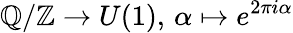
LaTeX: \mathbb{Q}/\mathbb{Z}\to U(1),\, \alpha\mapsto e^{2\pi i\alpha}